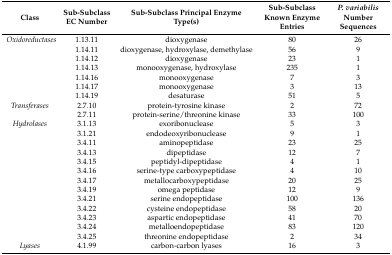
<table><thead><tr><td><b>Class</b></td><td><b>Sub-Subclass EC Number</b></td><td><b>Sub-Subclass Principal Enzyme Type(s)</b></td><td><b>Sub-Subclass Known Enzyme Entries</b></td><td><b><i>P. variabilis</i> Number Sequences</b></td></tr></thead><tbody><tr><td><i>Oxidoreductases</i></td><td>1.13.11</td><td>dioxygenase</td><td>80</td><td>26</td></tr><tr><td></td><td>1.14.11</td><td>dioxygenase, hydroxylase, demethylase</td><td>56</td><td>9</td></tr><tr><td></td><td>1.14.12</td><td>dioxygenase</td><td>23</td><td>1</td></tr><tr><td></td><td>1.14.13</td><td>monooxygenase, hydroxylase</td><td>235</td><td>1</td></tr><tr><td></td><td>1.14.16</td><td>monooxygenase</td><td>7</td><td>3</td></tr><tr><td></td><td>1.14.17</td><td>monooxygenase</td><td>3</td><td>13</td></tr><tr><td></td><td>1.14.19</td><td>desaturase</td><td>51</td><td>5</td></tr><tr><td><i>Transferases</i></td><td>2.7.10</td><td>protein-tyrosine kinase</td><td>2</td><td>72</td></tr><tr><td></td><td>2.7.11</td><td>protein-serine/threonine kinase</td><td>33</td><td>100</td></tr><tr><td><i>Hydrolases</i></td><td>3.1.13</td><td>exoribonuclease</td><td>5</td><td>3</td></tr><tr><td></td><td>3.1.21</td><td>endodeoxyribonuclease</td><td>9</td><td>1</td></tr><tr><td></td><td>3.4.11</td><td>aminopeptidase</td><td>23</td><td>25</td></tr><tr><td></td><td>3.4.13</td><td>dipeptidase</td><td>12</td><td>7</td></tr><tr><td></td><td>3.4.15</td><td>peptidyl-dipeptidase</td><td>4</td><td>1</td></tr><tr><td></td><td>3.4.16</td><td>serine-type carboxypeptidase</td><td>4</td><td>10</td></tr><tr><td></td><td>3.4.17</td><td>metallocarboxypeptidase</td><td>20</td><td>25</td></tr><tr><td></td><td>3.4.19</td><td>omega peptidase</td><td>12</td><td>9</td></tr><tr><td></td><td>3.4.21</td><td>serine endopeptidase</td><td>100</td><td>136</td></tr><tr><td></td><td>3.4.22</td><td>cysteine endopeptidase</td><td>58</td><td>20</td></tr><tr><td></td><td>3.4.23</td><td>aspartic endopeptidase</td><td>41</td><td>70</td></tr><tr><td></td><td>3.4.24</td><td>metalloendopeptidase</td><td>83</td><td>120</td></tr><tr><td></td><td>3.4.25</td><td>threonine endopeptidase</td><td>2</td><td>34</td></tr><tr><td><i>Lyases</i></td><td>4.1.99</td><td>carbon-carbon lyases</td><td>16</td><td>3</td></tr></tbody></table>